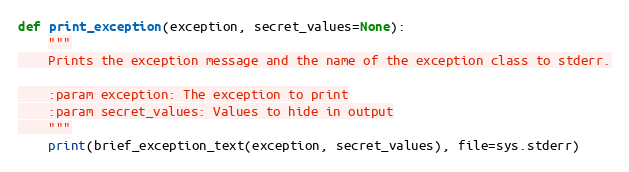
Language: Python
def print_exception(exception, secret_values=None):
    """
    Prints the exception message and the name of the exception class to stderr.

    :param exception: The exception to print
    :param secret_values: Values to hide in output
    """
    print(brief_exception_text(exception, secret_values), file=sys.stderr)